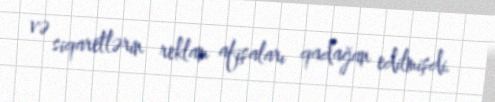
və siqaretlərin reklam afişaları qadağan edilmişdi.